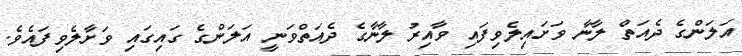
އަލަންގެ ދެއަތް ލާނާ ވަށައިލެވިފައި ވާއިރު ލާނާގެ ދެއަތްވަނީ އަލަންގެ ގައިގައި ވަށާލެވިފައެވެ.